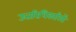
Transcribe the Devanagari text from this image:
उत्तरिधिकारियों